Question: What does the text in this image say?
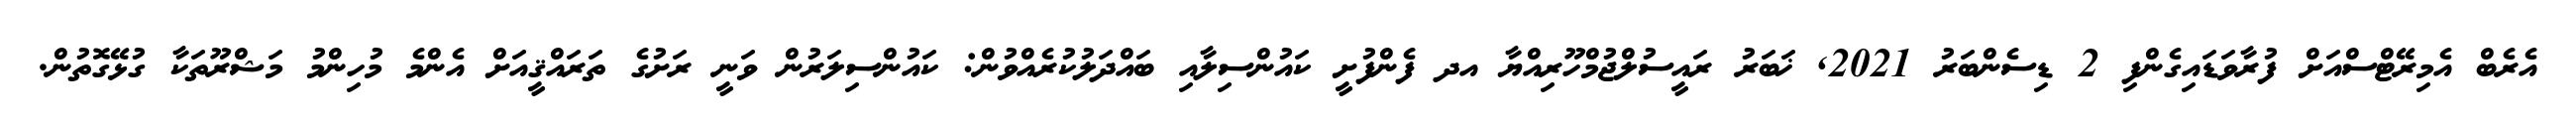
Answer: އެރެބް އެމިރޭޓްސްއަށް ފުރާވަޑައިގެންފި 2 ޑިސެންބަރު 2021, ޚަބަރު ރައީސުލްޖުމްހޫރިއްޔާ އދ ފެންފުށީ ކައުންސިލާއި ބައްދަލުކުރެއްވުން: ކައުންސިލަރުން ވަނީ ރަށުގެ ތަރައްޤީއަށް އެންމެ މުހިންމު މަޝްރޫތަކާ ގުޅޭގޮތުން.